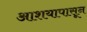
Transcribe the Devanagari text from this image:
आशयापासून